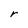
Character: r